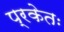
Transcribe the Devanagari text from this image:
प्रकेतः